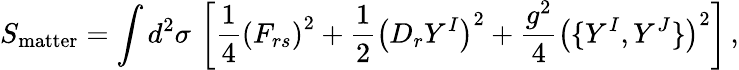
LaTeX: S_{\mathrm{matter}}=\int d^{2}\sigma\, \left[\frac{1}{4}\left(F_{rs}\right)^{2}+\frac{1}{2}\left(D_{r}Y^{I}\right)^{2}+\frac{g^{2}}{4}\left(\{ Y^{I},Y^{J}\} \right)^{2}\right]\, ,